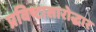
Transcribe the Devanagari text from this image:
प्रविष्टासारोद्धार